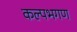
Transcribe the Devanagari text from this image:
कल्पभगण